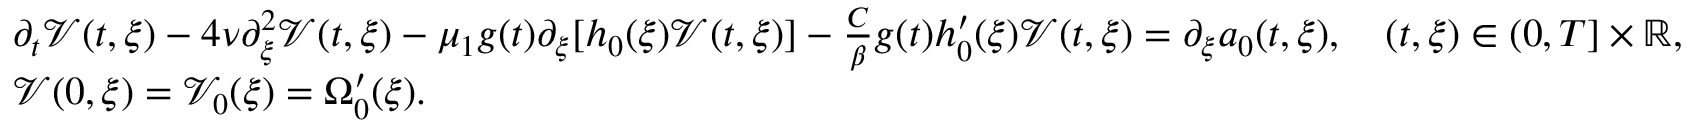
\begin{array} { r l } & { \partial _ { t } \mathcal { V } ( t , \xi ) - 4 \nu \partial _ { \xi } ^ { 2 } \mathcal { V } ( t , \xi ) - \mu _ { 1 } g ( t ) \partial _ { \xi } [ h _ { 0 } ( \xi ) \mathcal { V } ( t , \xi ) ] - \frac { C } { \beta } g ( t ) h _ { 0 } ^ { \prime } ( \xi ) \mathcal { V } ( t , \xi ) = \partial _ { \xi } a _ { 0 } ( t , \xi ) , \quad ( t , \xi ) \in ( 0 , T ] \times \mathbb { R } , } \\ & { \mathcal { V } ( 0 , \xi ) = \mathcal { V } _ { 0 } ( \xi ) = \Omega _ { 0 } ^ { \prime } ( \xi ) . } \end{array}